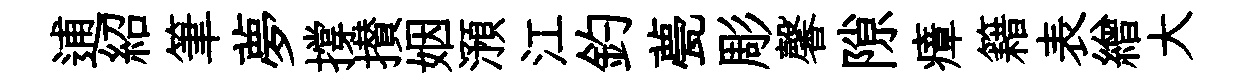
逋紹筆夢撐攅姻澦江釣甍彫馨隙瘴籍表繒大